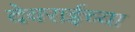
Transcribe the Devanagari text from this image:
देवराईच्या